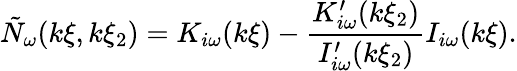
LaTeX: \tilde{N}_{\omega}(k\xi,k\xi_{2})=K_{i\omega}(k\xi)-\frac{K_{i\omega}^{\prime}(k\xi_{2})}{I_{i\omega}^{\prime}(k\xi_{2})}I_{i\omega}(k\xi).